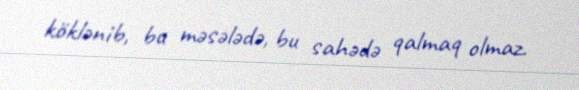
köklənib, bu məsələdə, bu sahədə qalmaq olmaz.